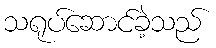
သရုပ်ဆောင်ခဲ့သည်